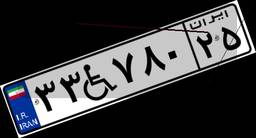
۳۳W۷۸۰۲۵